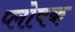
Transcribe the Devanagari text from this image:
प्लोषक